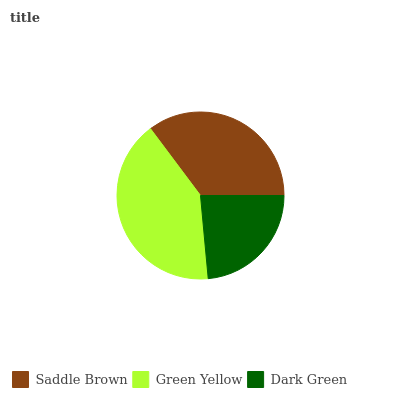
| Saddle Brown | Green Yellow | Dark Green |
 | --- | --- | --- |
 | 35.2% | 41.2% | 23.6% |